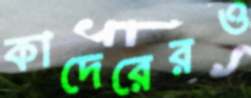
কাদেরেরও